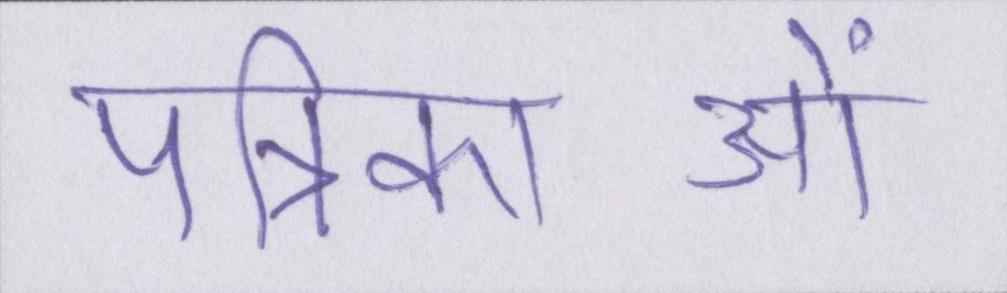
पत्रिकाओं